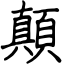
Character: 顛